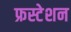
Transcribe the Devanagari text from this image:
फ्रस्टेशन